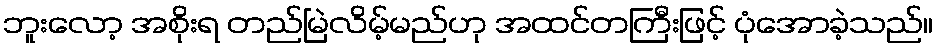
ဘူးလော့ အစိုးရ တည်မြဲလိမ့်မည်ဟု အထင်တကြီးဖြင့် ပုံအောခဲ့သည်။